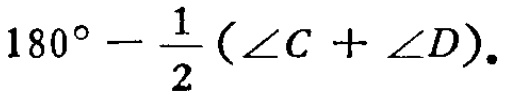
$180^{\circ}-\frac{1}{2}(\angle C + \angle D).$